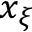
x _ { \xi }